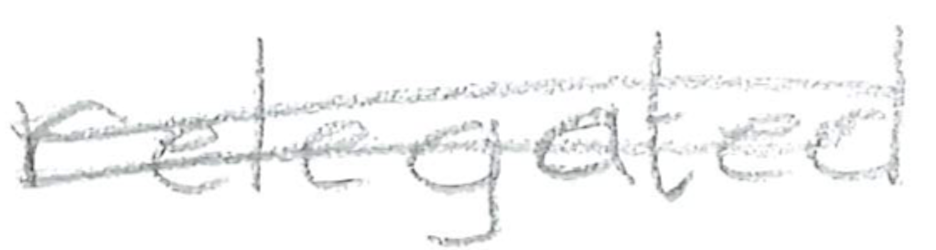
Text: relegated
Cross-out: mix
Writing tool: pencil